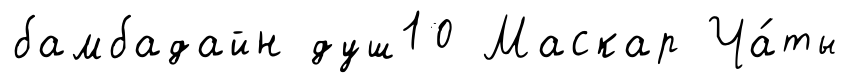
бамбадайн душ10 Маскар Ча́ты